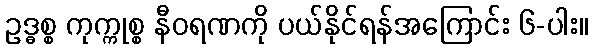
ဥဒ္ဓစ္စ ကုက္ကုစ္စ နီဝရဏကို ပယ်နိုင်ရန်အကြောင်း ၆-ပါး။